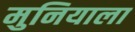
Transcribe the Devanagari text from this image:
मुनियाला